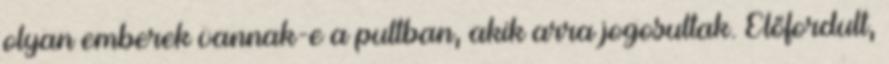
olyan emberek vannak-e a pultban, akik arra jogosultak. Előfordult,